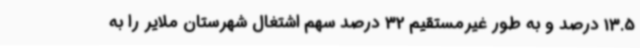
13.5 درصد و به طور غیرمستقیم 32 درصد سهم اشتغال شهرستان ملایر را به